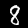
Label: 8